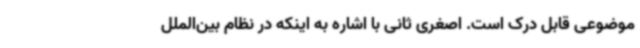
موضوعی قابل درک است. اصغری ثانی با اشاره به اینکه در نظام بین‌الملل